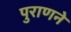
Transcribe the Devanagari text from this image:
पुराणने